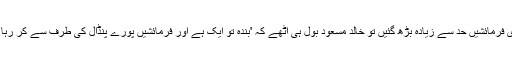
میری فرمائشیں حد سے زیادہ بڑھ گئیں تو خالد مسعود بول ہی اٹھے کہ 'بندہ تو ایک ہے اور فرمائشیں پورے پنڈال کی طرف سے کر رہا ہے۔